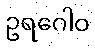
ဥရဂေါဝ